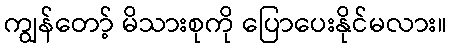
ကျွန်တော့် မိသားစုကို ပြောပေးနိုင်မလား။